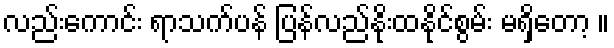
လည်းကောင်း ရာသက်ပန် ပြန်လည်နိုးထနိုင်စွမ်း မရှိတော့ ။